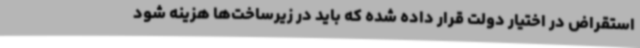
استقراض در اختیار دولت قرار داده شده که باید در زیرساخت‌ها هزینه شود